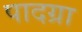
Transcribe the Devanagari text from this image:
पादग्रा